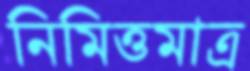
নিমিত্তমাত্র